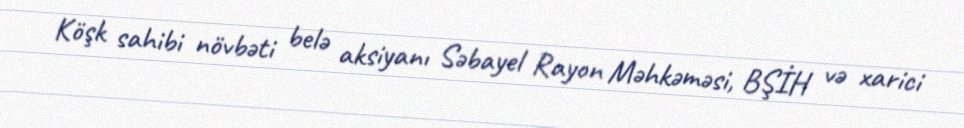
Köşk sahibi növbəti belə aksiyanı Səbayel Rayon Məhkəməsi, BŞİH və xarici